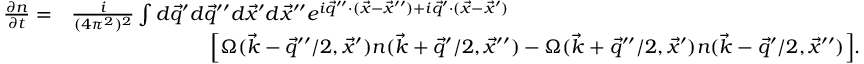
\begin{array} { r l } { \frac { \partial n } { \partial t } = } & { \frac { i } { ( 4 \pi ^ { 2 } ) ^ { 2 } } \int d \vec { q } ^ { \prime } d \vec { q } ^ { \prime \prime } d \vec { x } ^ { \prime } d \vec { x } ^ { \prime \prime } e ^ { i \vec { q } ^ { \prime \prime } \cdot ( \vec { x } - \vec { x } ^ { \prime \prime } ) + i \vec { q } ^ { \prime } \cdot ( \vec { x } - \vec { x } ^ { \prime } ) } } \\ & { \ \ \ \ \ \ \ \ \ \ \ \ \ \ \ \ \ \ \ \ \ \Big [ \Omega ( \vec { k } - \vec { q } ^ { \prime \prime } / 2 , \vec { x } ^ { \prime } ) n ( \vec { k } + \vec { q } ^ { \prime } / 2 , \vec { x } ^ { \prime \prime } ) - \Omega ( \vec { k } + \vec { q } ^ { \prime \prime } / 2 , \vec { x } ^ { \prime } ) n ( \vec { k } - \vec { q } ^ { \prime } / 2 , \vec { x } ^ { \prime \prime } ) \Big ] . } \end{array}